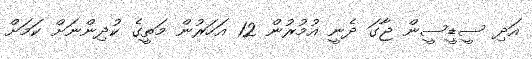
އަދި ސީޑީސީން ޖާގަ ދެނީ އުމުރުން 12 އަހަރުން މަތީގެ ކުދިންނަށް ކަމަށް